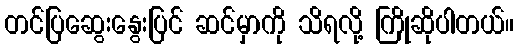
တင်ပြဆွေးနွေးပြင် ဆင်မှာကို သိရလို့ ကြိုဆိုပါတယ်။